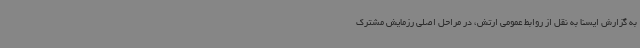
به گزارش ایسنا به نقل از روابط عمومی ارتش، در مراحل اصلی رزمایش مشترک